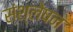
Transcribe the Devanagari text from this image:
संश्लेषन